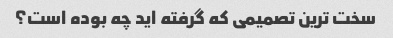
سخت ترین تصمیمی که گرفته اید چه بوده است؟